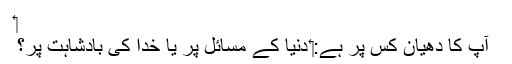
‏
آپ کا دھیان کس پر ہے:‏ دُنیا کے مسائل پر یا خدا کی بادشاہت پر؟